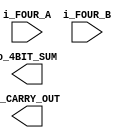
module FULL_ADDER_4_BIT (
	i_FOUR_A,
	i_FOUR_B,
	o_4BIT_SUM,
	o_CARRY_OUT
);

input [3:0] i_FOUR_A;
input [3:0] i_FOUR_B;
output [3:0] o_4BIT_SUM;
output o_CARRY_OUT;

endmodule